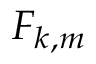
F _ { k , m }